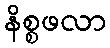
နိစ္စဖလာ